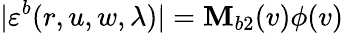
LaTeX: |\varepsilon^{b}(r,u,w,\lambda)|=\mathbf{M}_{b2}(v)\phi(v)